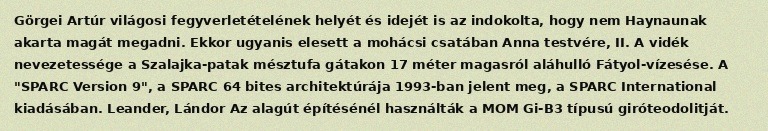
Görgei Artúr világosi fegyverletételének helyét és idejét is az indokolta, hogy nem Haynaunak akarta magát megadni. Ekkor ugyanis elesett a mohácsi csatában Anna testvére, II. A vidék nevezetessége a Szalajka-patak mésztufa gátakon 17 méter magasról aláhulló Fátyol-vízesése. A "SPARC Version 9", a SPARC 64 bites architektúrája 1993-ban jelent meg, a SPARC International kiadásában. Leander, Lándor Az alagút építésénél használták a MOM Gi-B3 típusú giróteodolitját.